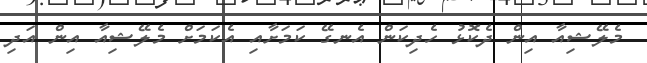
މެލޭޝިއާ އިން ދެކޮޅު ހެދިކަން އެނގޭ ކަމަށާއި އެކަމަށް މެލޭޝިއާ އިން އަދި